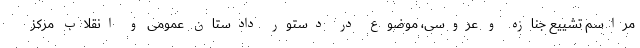
مراسم تشییع جنازه و عروسی، موضوع در دستور دادستان عمومی و انقلاب مرکز